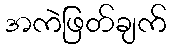
အကဲဖြတ်ချက်